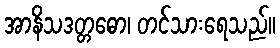
အာနိသဒတ္တဓော၊ တင်သားရေသည်။